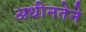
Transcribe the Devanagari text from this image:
अधीनतेने